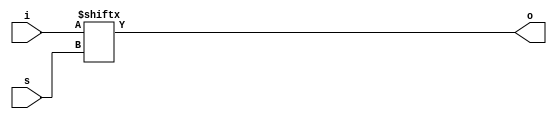
// ---------------------------------------------------------------------------
//  Jelly  -- The platform for real-time computing
//
//                                 Copyright (C) 2008-2016 by Ryuji Fuchikami
//                                 https://github.com/ryuz/jelly.git
// ---------------------------------------------------------------------------



`timescale 1ns / 1ps
`default_nettype none


// 4bit multiplexer (XILINX XAPP522)
module jelly_multiplexer4
        #(
            parameter   DEVICE = "RTL"
        )
        (
            output  wire            o,
            input   wire    [3:0]   i,
            input   wire    [1:0]   s
        );
    
    generate
    if ( DEVICE == "VIRTEX6" || DEVICE == "SPARTAN6" || DEVICE == "7SERIES" ) begin : blk_lut6
        LUT6
                #(
                    .INIT(64'hFF00F0F0CCCCAAAA)
                )
            i_lut6
                (
                    .O      (o),
                    .I0     (i[0]),
                    .I1     (i[1]),
                    .I2     (i[2]),
                    .I3     (i[3]),
                    .I4     (s[0]),
                    .I5     (s[1])
                );
    end
    else  begin : blk_rtl
        assign o = i[s];
    end
    endgenerate
    
    
endmodule


`default_nettype wire


// end of file